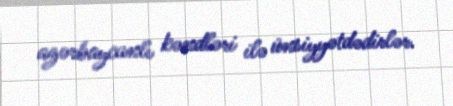
azərbaycanlı kəndləri ilə ünsiyyətdədirlər.